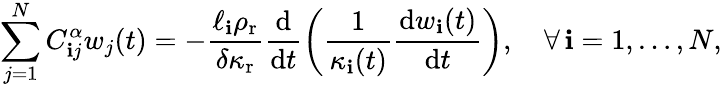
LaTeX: \sum_{j=1}^{N}C_{\mathbf{i}j}^{\alpha}w_{j}(t)=-\frac{{\ell_{\mathbf{i}}\rho_{\mathrm{{r}}}}}{{\delta\kappa_{\mathrm{{r}}}}}\frac{{\mathrm{{d}}}}{{\mathrm{{d}}t}}\left(\frac{{1}}{{\kappa_{\mathbf{i}}(t)}}\frac{{\mathrm{{d}}w_{\mathbf{i}}(t)}}{{\mathrm{{d}}t}}\right),\quad\forall\, \mathbf{i}=1,\dots,N,